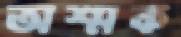
অশ্মক